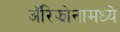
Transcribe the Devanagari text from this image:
अॅरिझोनामध्ये